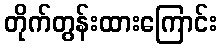
တိုက်တွန်းထားကြောင်း